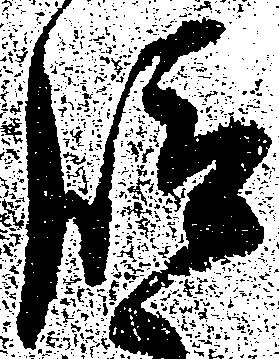
段